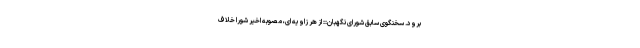
برود. سخنگوی سابق شورای نگهبان:: از هر زاویه ای، مصوبه اخیر شورا خلاف